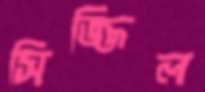
সিজ্জিল